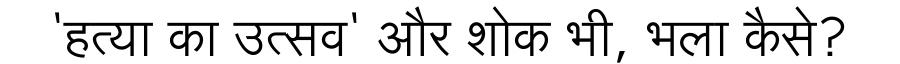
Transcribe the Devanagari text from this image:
'हत्या का उत्सव' और शोक भी, भला कैसे?